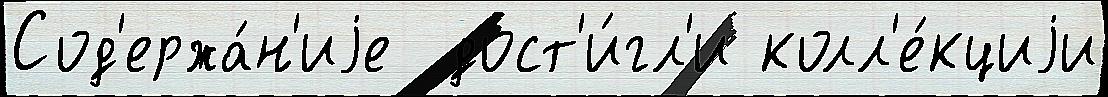
Сод'ержа́н'иjе  дост'и́гл'и колл'е́кциjи